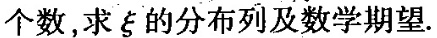
个数，求ξ的分布列及数学期望.